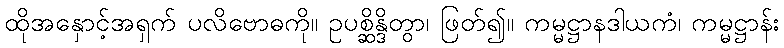
ထိုအနှောင့်အရှက် ပလိဗောဓကို။ ဥပစ္ဆိန္ဒိတွာ၊ ဖြတ်၍။ ကမ္မဋ္ဌာနဒါယကံ၊ ကမ္မဋ္ဌာန်း